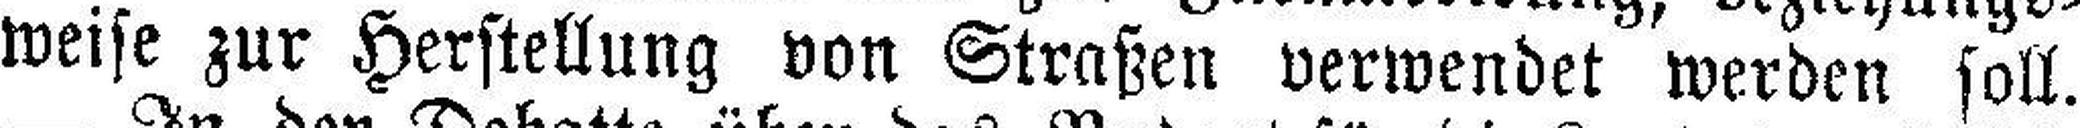
weise zur Herstellung von Straßen verwendet werden soll.